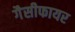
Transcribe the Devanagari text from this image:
गैसीफायर